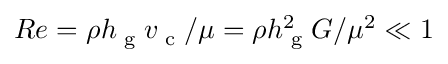
R e = \rho h _ { \textrm { g } } v _ { \textrm { c } } / \mu = \rho h _ { \textrm { g } } ^ { 2 } G / \mu ^ { 2 } \ll 1